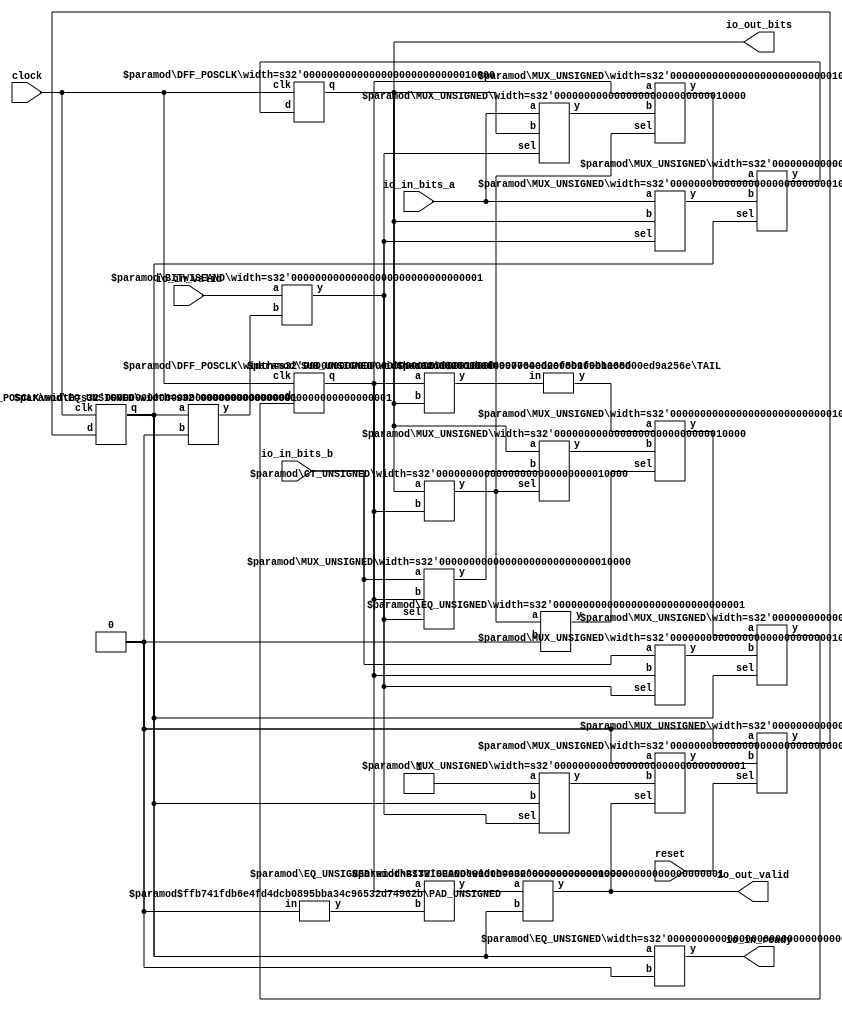
module RealGCD2(
    input clock,
    input reset,
    output io_in_ready,
    input io_in_valid,
    input [15:0] io_in_bits_a,
    input [15:0] io_in_bits_b,
    output io_out_valid,
    output [15:0] io_out_bits
);
    wire [15:0] _x__q;
    wire [15:0] _x__d;
    DFF_POSCLK #(.width(16)) x (
        .q(_x__q),
        .d(_x__d),
        .clk(clock)
    );
    wire [15:0] _y__q;
    wire [15:0] _y__d;
    DFF_POSCLK #(.width(16)) y (
        .q(_y__q),
        .d(_y__d),
        .clk(clock)
    );
    wire _p__q;
    wire _p__d;
    DFF_POSCLK #(.width(1)) p (
        .q(_p__q),
        .d(_p__d),
        .clk(clock)
    );
    wire _WTEMP_0;
    MUX_UNSIGNED #(.width(1)) u_mux_1 (
        .y(_p__d),
        .sel(reset),
        .a(1'h0),
        .b(_WTEMP_0)
    );
    wire [15:0] _ti__q;
    wire [15:0] _ti__d;
    DFF_POSCLK #(.width(16)) ti (
        .q(_ti__q),
        .d(_ti__d),
        .clk(clock)
    );
    wire [15:0] _WTEMP_1;
    MUX_UNSIGNED #(.width(16)) u_mux_2 (
        .y(_ti__d),
        .sel(reset),
        .a(16'h0),
        .b(_WTEMP_1)
    );
    wire [16:0] _T_38;
    wire [15:0] _WTEMP_2;
    PAD_UNSIGNED #(.width(1), .n(16)) u_pad_3 (
        .y(_WTEMP_2),
        .in(1'h1)
    );
    ADD_UNSIGNED #(.width(16)) u_add_4 (
        .y(_T_38),
        .a(_ti__q),
        .b(_WTEMP_2)
    );
    wire [15:0] _T_39;
    TAIL #(.width(17), .n(1)) tail_5 (
        .y(_T_39),
        .in(_T_38)
    );
    wire _T_41;
    EQ_UNSIGNED #(.width(1)) u_eq_6 (
        .y(_T_41),
        .a(_p__q),
        .b(1'h0)
    );
    wire _T_43;
    EQ_UNSIGNED #(.width(1)) u_eq_7 (
        .y(_T_43),
        .a(_p__q),
        .b(1'h0)
    );
    wire _T_44;
    BITWISEAND #(.width(1)) bitwiseand_8 (
        .y(_T_44),
        .a(io_in_valid),
        .b(_T_43)
    );
    wire _T_46;
    GT_UNSIGNED #(.width(16)) u_gt_9 (
        .y(_T_46),
        .a(_x__q),
        .b(_y__q)
    );
    wire [15:0] _node_0;
    MUX_UNSIGNED #(.width(16)) u_mux_10 (
        .y(_node_0),
        .sel(_T_44),
        .a(io_in_bits_a),
        .b(_x__q)
    );
    wire [15:0] _node_1;
    MUX_UNSIGNED #(.width(16)) u_mux_11 (
        .y(_node_1),
        .sel(_T_44),
        .a(io_in_bits_b),
        .b(_y__q)
    );
    wire _T_48;
    EQ_UNSIGNED #(.width(1)) u_eq_12 (
        .y(_T_48),
        .a(_T_46),
        .b(1'h0)
    );
    wire [16:0] _T_49;
    SUB_UNSIGNED #(.width(16)) u_sub_13 (
        .y(_T_49),
        .a(_y__q),
        .b(_x__q)
    );
    wire [15:0] _T_50;
    TAIL #(.width(17), .n(1)) tail_14 (
        .y(_T_50),
        .in(_T_49)
    );
    wire [15:0] _node_2;
    MUX_UNSIGNED #(.width(16)) u_mux_15 (
        .y(_node_2),
        .sel(_T_46),
        .a(_x__q),
        .b(_node_1)
    );
    wire [15:0] _node_3;
    MUX_UNSIGNED #(.width(16)) u_mux_16 (
        .y(_node_3),
        .sel(_T_46),
        .a(_y__q),
        .b(_node_0)
    );
    wire [15:0] _node_4;
    MUX_UNSIGNED #(.width(16)) u_mux_17 (
        .y(_node_4),
        .sel(_T_44),
        .a(io_in_bits_a),
        .b(_x__q)
    );
    wire [15:0] _node_5;
    MUX_UNSIGNED #(.width(16)) u_mux_18 (
        .y(_node_5),
        .sel(_T_48),
        .a(_T_50),
        .b(_node_2)
    );
    wire [15:0] _node_6;
    MUX_UNSIGNED #(.width(16)) u_mux_19 (
        .y(_node_6),
        .sel(_T_44),
        .a(io_in_bits_b),
        .b(_y__q)
    );
    wire _T_52;
    wire [15:0] _WTEMP_3;
    PAD_UNSIGNED #(.width(1), .n(16)) u_pad_20 (
        .y(_WTEMP_3),
        .in(1'h0)
    );
    EQ_UNSIGNED #(.width(16)) u_eq_21 (
        .y(_T_52),
        .a(_y__q),
        .b(_WTEMP_3)
    );
    wire _T_53;
    BITWISEAND #(.width(1)) bitwiseand_22 (
        .y(_T_53),
        .a(_T_52),
        .b(_p__q)
    );
    wire _node_7;
    MUX_UNSIGNED #(.width(1)) u_mux_23 (
        .y(_node_7),
        .sel(_T_44),
        .a(1'h1),
        .b(_p__q)
    );
    assign io_in_ready = _T_41;
    assign io_out_bits = _x__q;
    assign io_out_valid = _T_53;
    MUX_UNSIGNED #(.width(1)) u_mux_24 (
        .y(_WTEMP_0),
        .sel(io_out_valid),
        .a(1'h0),
        .b(_node_7)
    );
    assign _WTEMP_1 = _T_39;
    MUX_UNSIGNED #(.width(16)) u_mux_25 (
        .y(_x__d),
        .sel(_p__q),
        .a(_node_3),
        .b(_node_4)
    );
    MUX_UNSIGNED #(.width(16)) u_mux_26 (
        .y(_y__d),
        .sel(_p__q),
        .a(_node_5),
        .b(_node_6)
    );
endmodule //RealGCD2
module DFF_POSCLK(q, d, clk);
    parameter width = 4;
    output reg [width-1:0] q;
    input [width-1:0] d;
    input clk;
    always @(posedge clk) begin
        q <= d;
    end
endmodule // DFF_POSCLK
module MUX_UNSIGNED(y, sel, a, b);
    parameter width = 4;
    output [width-1:0] y;
    input sel;
    input [width-1:0] a;
    input [width-1:0] b;
    assign y = sel ? a : b;
endmodule // MUX_UNSIGNED
module PAD_UNSIGNED(y, in);
    parameter width = 4;
    parameter n = 4;
    output [(n > width ? n : width)-1:0] y;
    input [width-1:0] in;
    assign y = (n > width) ? {{(n - width){1'b0}}, in} : in;
endmodule // PAD_UNSIGNED
module ADD_UNSIGNED(y, a, b);
    parameter width = 4;
    output [width:0] y;
    input [width-1:0] a;
    input [width-1:0] b;
    assign y = a + b;
endmodule // ADD_UNSIGNED
module TAIL(y, in);
    parameter width = 4;
    parameter n = 2;
    output [width-n-1:0] y;
    input [width-1:0] in;
    assign y = in[width-n-1:0];
endmodule // TAIL
module EQ_UNSIGNED(y, a, b);
    parameter width = 4;
    output y;
    input [width-1:0] a;
    input [width-1:0] b;
    assign y = a == b;
endmodule // EQ_UNSIGNED
module BITWISEAND(y, a, b);
    parameter width = 4;
    output [width-1:0] y;
    input [width-1:0] a;
    input [width-1:0] b;
    assign y = a & b;
endmodule // BITWISEAND
module GT_UNSIGNED(y, a, b);
    parameter width = 4;
    output y;
    input [width-1:0] a;
    input [width-1:0] b;
    assign y = a > b;
endmodule // GT_UNSIGNED
module SUB_UNSIGNED(y, a, b);
    parameter width = 4;
    output [width:0] y;
    input [width-1:0] a;
    input [width-1:0] b;
    assign y = a - b;
endmodule // SUB_UNSIGNED